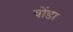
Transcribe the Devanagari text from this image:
वोंडा